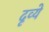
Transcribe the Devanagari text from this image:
दृव्ये